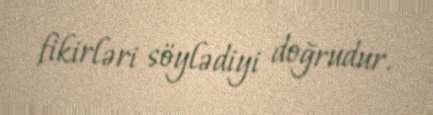
fikirləri söylədiyi doğrudur.